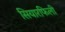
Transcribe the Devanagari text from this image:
सियारफिली